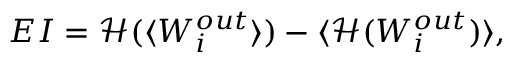
E I = \mathcal { H } ( \langle W _ { i } ^ { o u t } \rangle ) - \langle \mathcal { H } ( W _ { i } ^ { o u t } ) \rangle ,